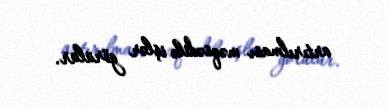
artırılması məqsədilə işlər görülür.